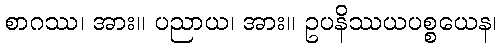
စာဂဿ၊ အား။ ပညာယ၊ အား။ ဥပနိဿယပစ္စယေန၊